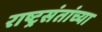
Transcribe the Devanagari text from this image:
राष्ट्रसंतांच्या